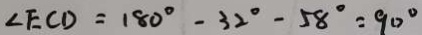
\angle E C D = 1 8 0 ^ { \circ } - 3 2 ^ { \circ } - 5 8 ^ { \circ } = 9 0 ^ { \circ }